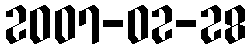
2007-02-28